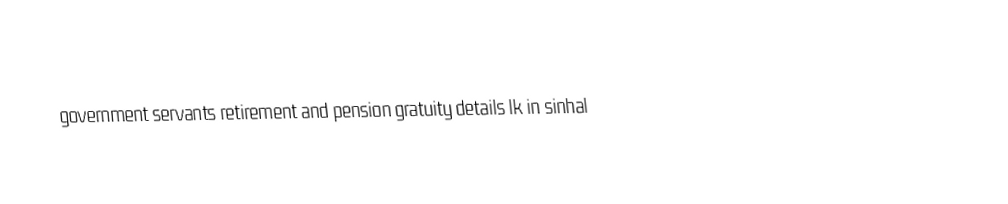
government  servants  retirement  and  pension  gratuity details  lk  in  sinhal